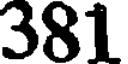
381